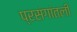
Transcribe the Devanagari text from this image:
प्रसंगांतली